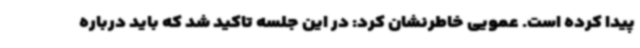
پیدا کرده است. عمویی خاطرنشان کرد: در این جلسه تاکید شد که باید درباره